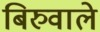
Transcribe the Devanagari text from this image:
बिरुवाले